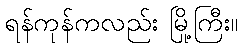
ရန်ကုန်ကလည်း မြို့ကြီး။